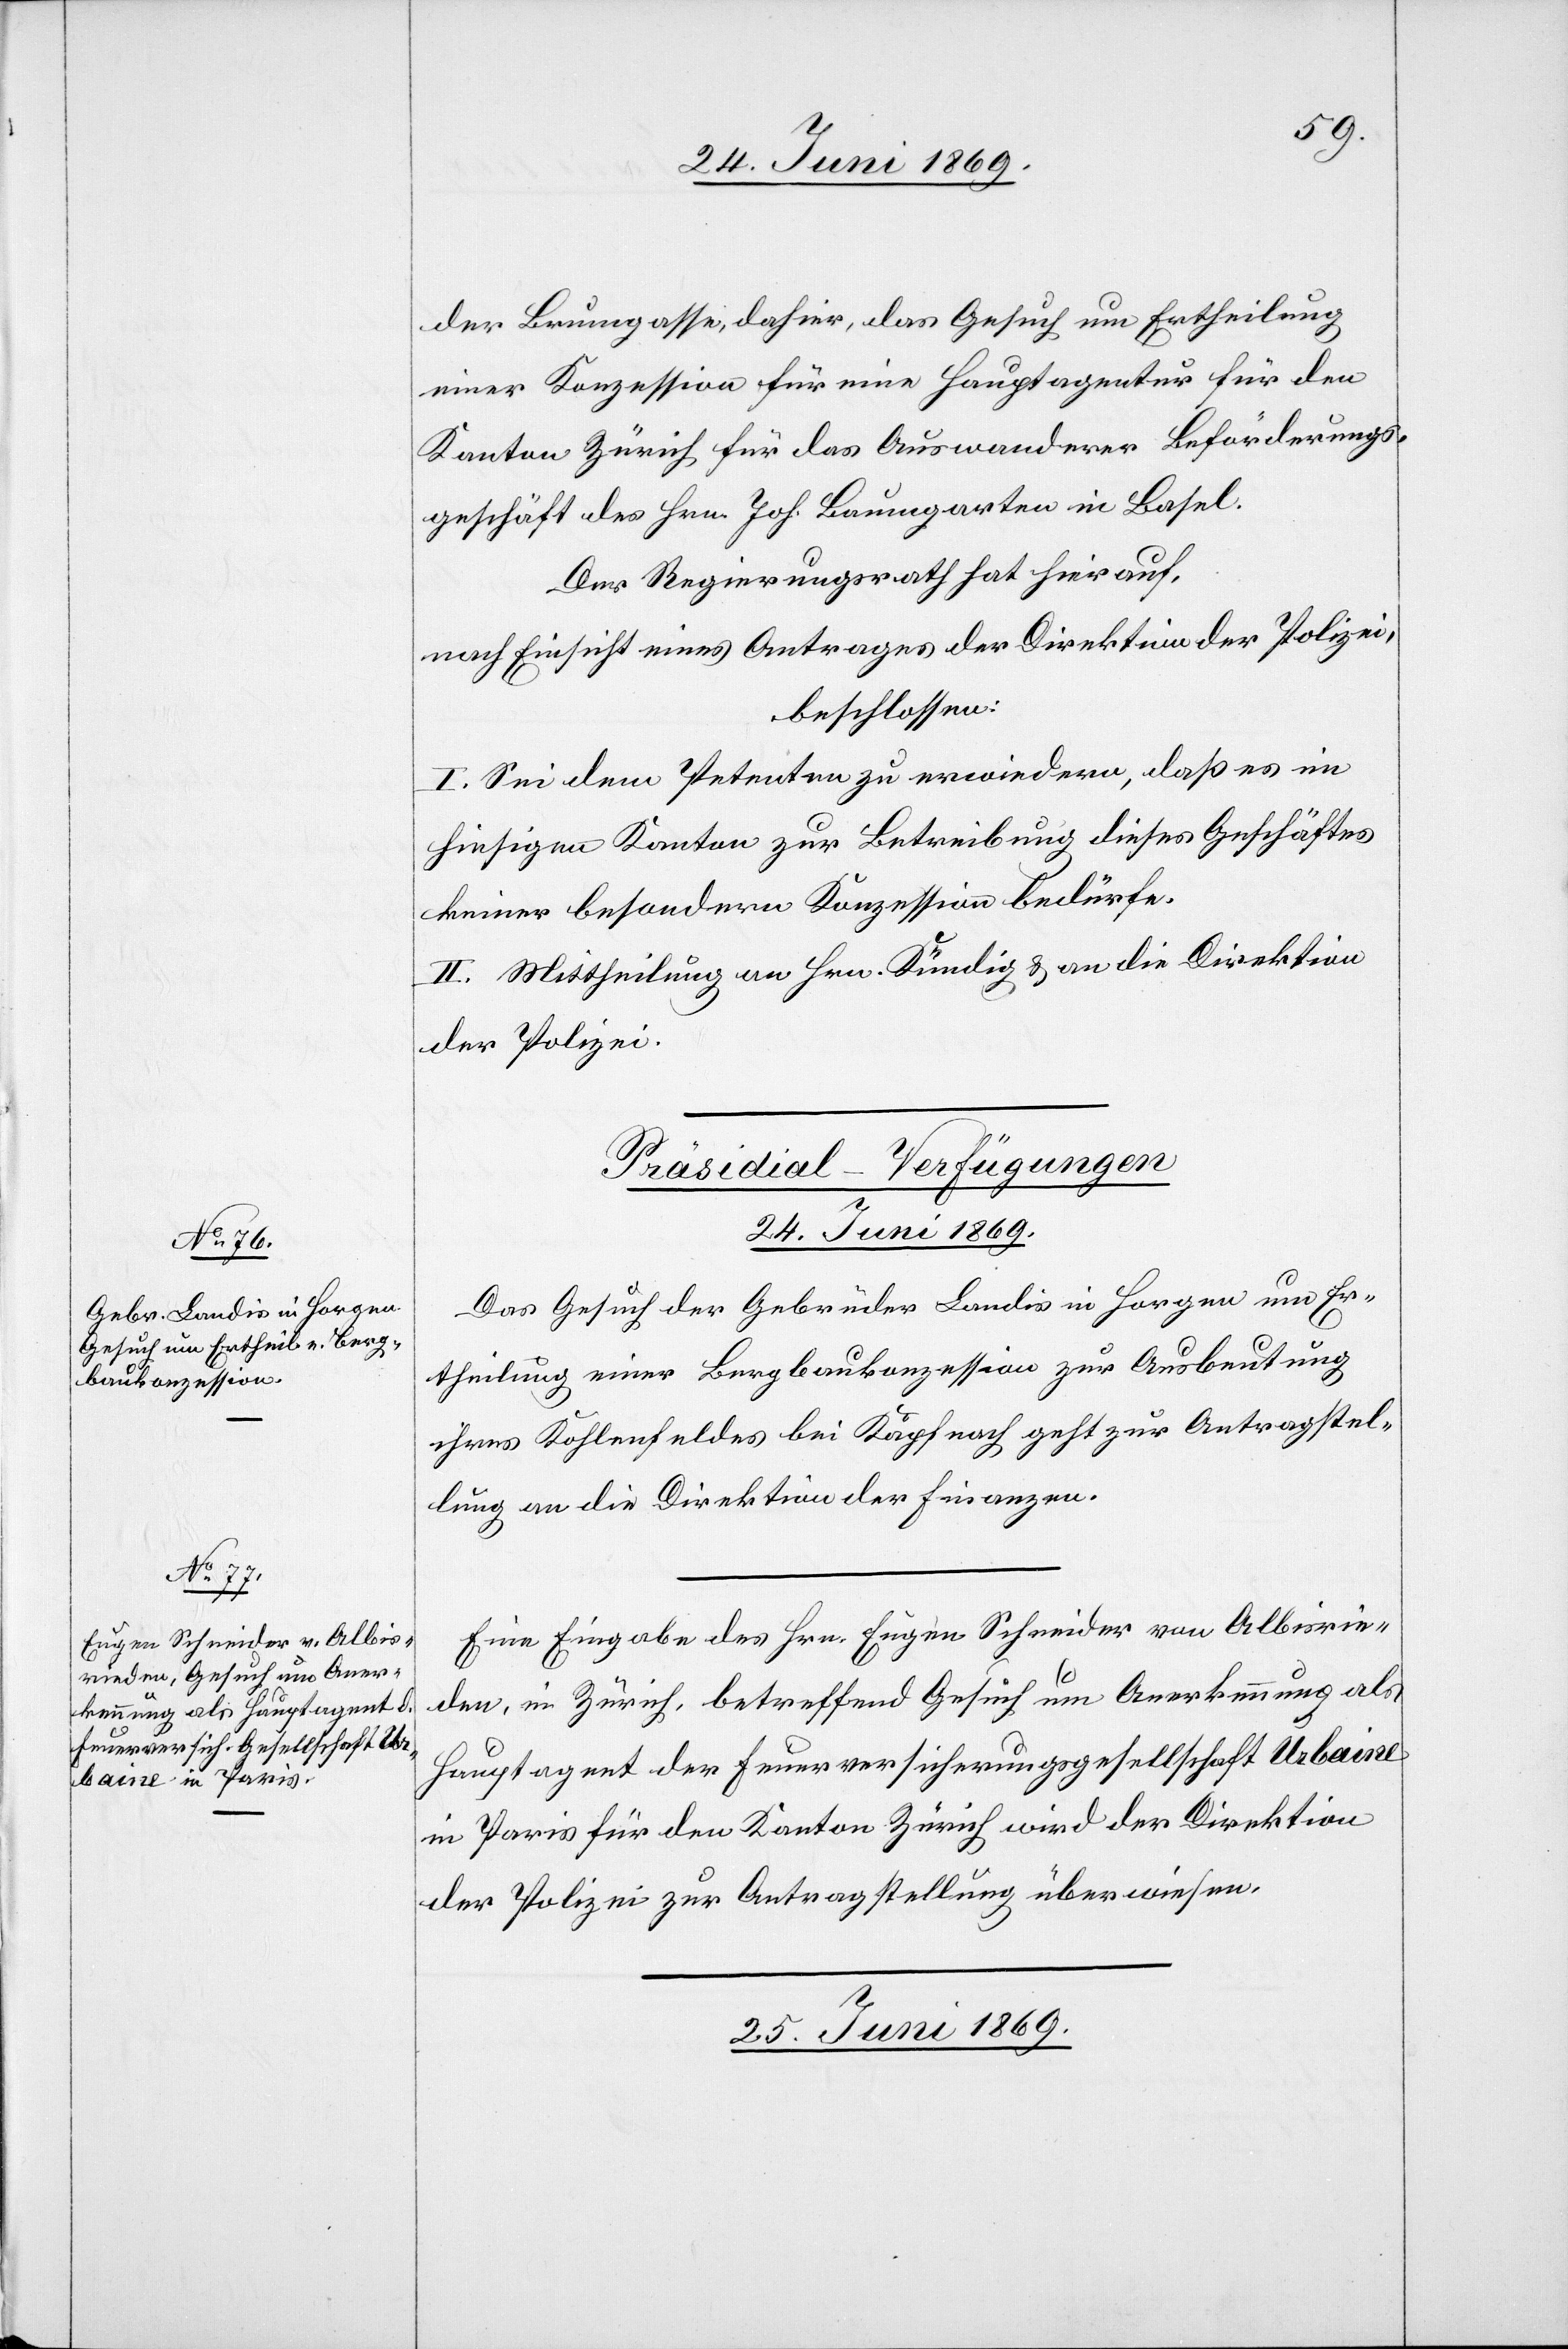
24. Juni 1869
der Brunngasse, dahier, das Gesuch um Ertheilung
einer Konzession für eine Hauptagentur für den
Kanton Zürich für das Auswanderer Beförderungs¬
geschäft des Hrn. Joh. Baumgartner in Basel.
Der Regierungsrath hat hierauf,
nach Einsicht eines Antrages der Direktion der Polizei,
beschlossen:
I. Sei dem Petenten zu erwiedern, daß es in
hiesigem Kantone zur Betreibung dieses Geschäftes
keiner besondern Konzession bedürfe.
II. Mittheilung an Hrn. Kündig u. an die Direktion
der Polizei.
[Präsidial-Verfügungen
24. Juni 1869.]
Das Gesuch der Gebrüder Landis in Horgen um Er¬
theilung einer Bergbaukommission zur Ausbeutung
ihres Kohlenfeldes bei Käpfnach geht zur Antragstel¬
lung an die Direktion der Finanzen.
Eine Eingabe des Hrn. Eugen Schneider von Albisrie¬
den, in Zürich, betreffend Gesuch um Anerkennung als
Hauptagent der Feuerversicherungsgesellschaft Urbaine
in Paris für den Kanton Zürich wird der Direktion
der Polizei zur Antragstellung überwiesen.